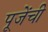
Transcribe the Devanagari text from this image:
पूजेंची